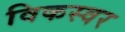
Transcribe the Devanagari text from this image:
विकस्वर